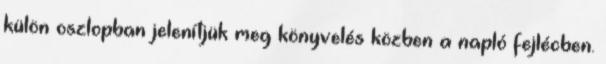
külön oszlopban jelenítjük meg könyvelés közben a napló fejlécben.